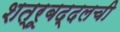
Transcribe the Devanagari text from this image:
शत्रूबद्दलची